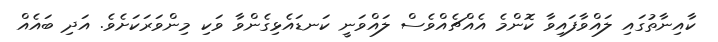
ކާއިނާތުގައި ލައްވާފައިވާ ކޮންމެ އެއްޗެއްވެސް ލައްވަނީ ކަނޑައެޅިގެންވާ ވަކި މިންވަރަކަށެވެ. އަދި ބައެއް